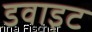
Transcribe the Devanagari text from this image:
डवाइट